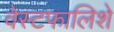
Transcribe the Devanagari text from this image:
वेस्टफालिशे